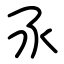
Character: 氶